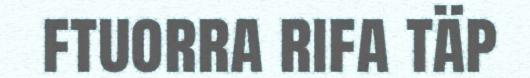
ftuorra rifa täp